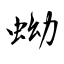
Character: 蚴